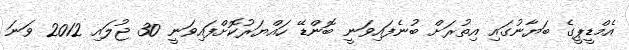
އެމްޑީޕީގެ ބަޔާނުގައި އިތުރަށް ބުނެފައިވަނީ ބޮންޑޭ ހައްޔަރުކޮށްފައިވަނީ 30 ޖުލައި 2012 ވަނަ